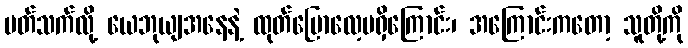
ပတ်သက်လို့ ယေဘုယျအနေနဲ့ ထုတ်ပြောလေ့မရှိကြောင်း၊ အကြောင်းကတော့ သူတို့ကို